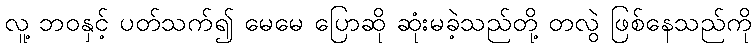
လူ့ ဘဝနှင့် ပတ်သက်၍ မေမေ ပြောဆို ဆုံးမခဲ့သည်တို့ တလွဲ ဖြစ်နေသည်ကို